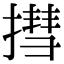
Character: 㨹